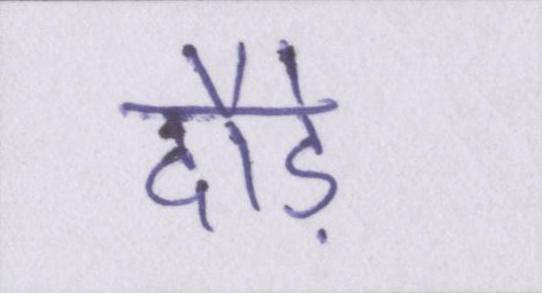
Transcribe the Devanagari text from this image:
दौड़े